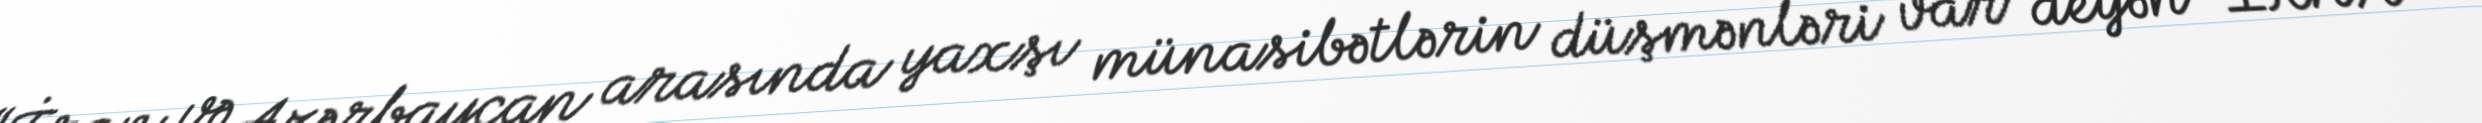
“İran və Azərbaycan arasında yaxşı münasibətlərin düşmənləri var” deyən “İRNA”